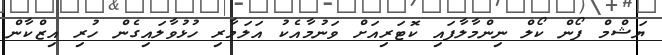
ޔަޝްމް ފޯން ކޯލް ނިންމާލާފައި ކޮޓަރިއަށް ވަނުމާއެކު އަލަމާރި ހުޅުވާލައިގެން ހުރި އިޒްކާން